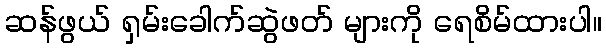
ဆန်ဖွယ် ရှမ်းခေါက်ဆွဲဖတ် များကို ရေစိမ်ထားပါ။